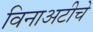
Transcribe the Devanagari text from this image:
विनाअटीचे